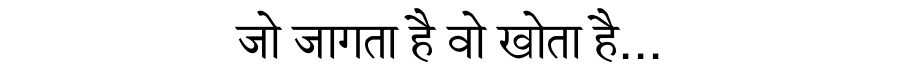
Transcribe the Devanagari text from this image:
जो जागता है वो खोता है...